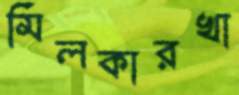
মিলকারখা